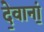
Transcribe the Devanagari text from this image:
दे॒वानां॒